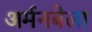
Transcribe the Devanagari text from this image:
अर्मनबेला